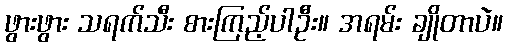
ဖွားဖွား သရက်သီး စားကြည့်ပါဦး။ အရမ်း ချိုတာပဲ။